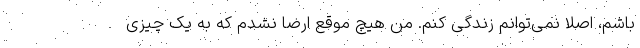
باشم، اصلا نمی‌توانم زندگی کنم. من هیچ موقع ارضا نشدم که به یک چیزی